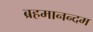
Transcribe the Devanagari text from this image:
ब्रहमानन्दम